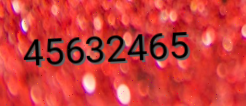
45632465